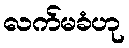
လက်မခံဟု